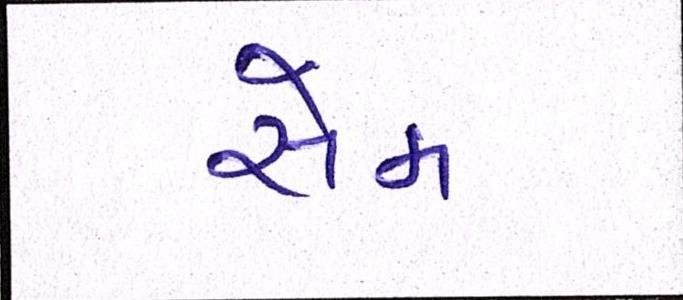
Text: સેમ